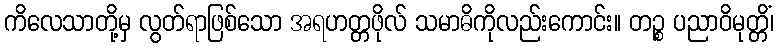
ကိလေသာတို့မှ လွတ်ရာဖြစ်သော အရဟတ္တဖိုလ် သမာဓိကိုလည်းကောင်း။ တဉ္စ ပညာဝိမုတ္တိံ၊